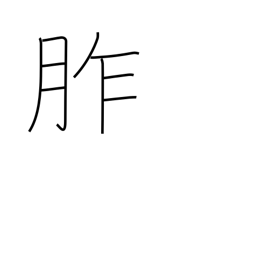
Meaning: offerings to gods